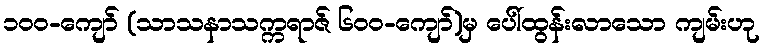
၁၀၀-ကျော် (သာသနာသက္ကရာဇ် ၆၀၀-ကျော်)မှ ပေါ်ထွန်းလာသော ကျမ်းဟု